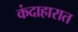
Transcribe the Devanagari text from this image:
कंदाहारात